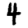
Digit: 4